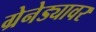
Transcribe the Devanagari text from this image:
ग्रेनेड्यावर